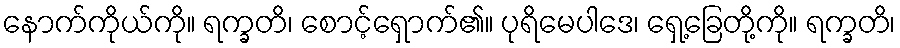
နောက်ကိုယ်ကို။ ရက္ခတိ၊ စောင့်ရှောက်၏။ ပုရိမေပါဒေ၊ ရှေ့ခြေတို့ကို။ ရက္ခတိ၊